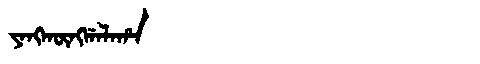
Manchu: ᠶᠠᠩᡴᡡᠩᡤᠠᠯᠠᡥᠠ
Romanization: YANGKŪNGGALAHA